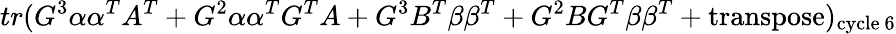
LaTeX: tr(G^{3}\alpha\alpha^{T}A^{T}+G^{2}\alpha\alpha^{T}G^{T}A+G^{3}B^{T}\beta\beta^{T}+G^{2}BG^{T}\beta\beta^{T}+\mathrm{transpose})_{\mathrm{cycle~6}}